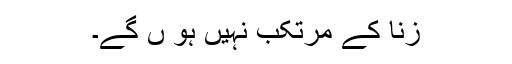
زنا کے مرتکب نہیں ہو ں گے۔